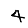
Digit: 4